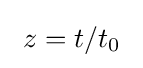
~z=t/t_{0}~